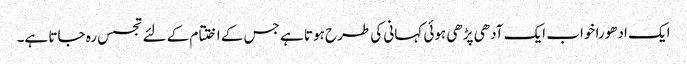
ایک ادھورا خواب ایک آدھی پڑھی ہوئی کہانی کی طرح‌ ہوتا ہے جس کے اختتام کے لئے تجسس رہ جاتا ہے۔